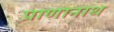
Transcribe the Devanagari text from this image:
प्राणानाथ